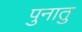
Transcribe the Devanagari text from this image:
पुनातु